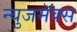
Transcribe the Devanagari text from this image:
न्युजमॅक्स